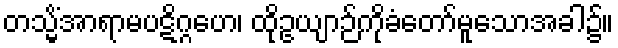
တသ္မိံအာရာမပဋိဂ္ဂဟေ၊ ထိုဥယျာဉ်ကိုခံတော်မူသောအခါ၌။